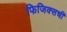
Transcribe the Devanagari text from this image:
फिजिक्सची